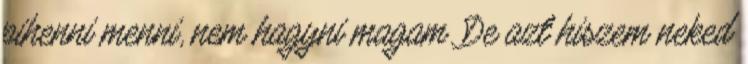
pihenni menni, nem hagyni magam. De azt hiszem neked